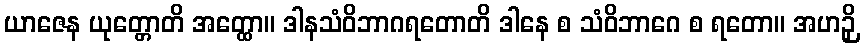
ယာဇေန ယုတ္တောတိ အတ္ထော။ ဒါနသံဝိဘာဂရတောတိ ဒါနေ စ သံဝိဘာဂေ စ ရတော။ အဟဉှိ